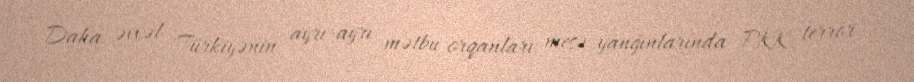
Daha əvvəl Türkiyənin ayrı-ayrı mətbu orqanları meşə yanğınlarında PKK terror